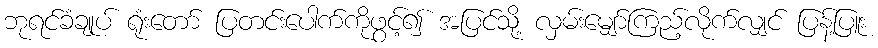
ဘုရင်ခံချုပ် ရုံးတော် ပြတင်းပေါက်ကိုဖွင့်၍ အပြင်သို့ လှမ်းမျှော်ကြည့်လိုက်လျှင် ပြန့်ပြူး